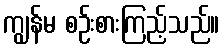
ကျွန်မ စဉ်းစားကြည့်သည်။